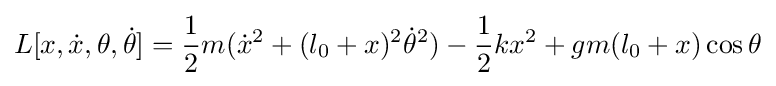
L[x,{\dot {x}},\theta ,{\dot {\theta }}]={\frac {1}{2}}m({\dot {x}}^{2}+(l_{0}+x)^{2}{\dot {\theta }}^{2})-{\frac {1}{2}}kx^{2}+gm(l_{0}+x)\cos \theta